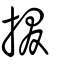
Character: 掇